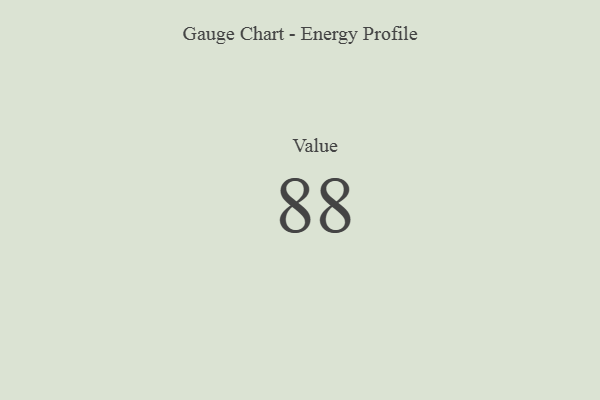
{"axis": {"x": "Metric", "y": "Value"}, "legend": [""], "data": [{"x": "Value", "y": 88, "type": ""}]}